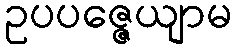
ဥပပဇ္ဇေယျာမ